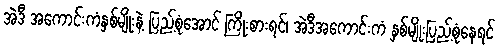
အဲဒီ အကောင်းကံနှစ်မျိုးနဲ့ ပြည့်စုံအောင် ကြိုးစားရင်၊ အဲဒီအကောင်းကံ နှစ်မျိုးပြည့်စုံနေရင်